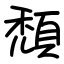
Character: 頹